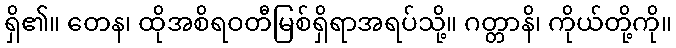
ရှိ၏။ တေန၊ ထိုအစိရဝတီမြစ်ရှိရာအရပ်သို့။ ဂတ္တာနိ၊ ကိုယ်တို့ကို။